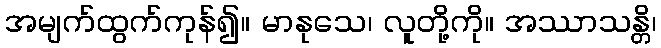
အမျက်ထွက်ကုန်၍။ မာနုသေ၊ လူတို့ကို။ အဿာသန္တိ၊